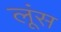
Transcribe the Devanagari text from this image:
लूंस